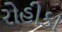
રોહીકા